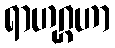
ရာဟုဂ္ဂဟာ